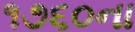
૧૭૬૦ના